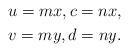
LaTeX: \begin{gather*} u=mx,c=nx,\\ v=my,d=ny.\end{gather*}